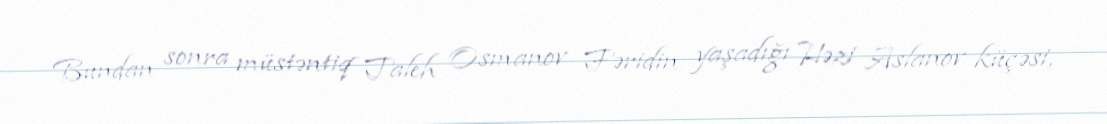
Bundan sonra müstəntiq Taleh Osmanov Fəridin yaşadığı Həzi Aslanov küçəsi,